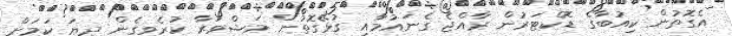
އެގޮތުން ކިއުބާގެ ޑޮކްޓަރުން ރާއްޖެ ގެނައުމާއި ގުޅޭގޮތުން މަޝްވަރާ ކުރެވިގެން ދިޔަ ކަމަށް